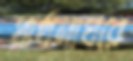
প্রার্থনাঘরে